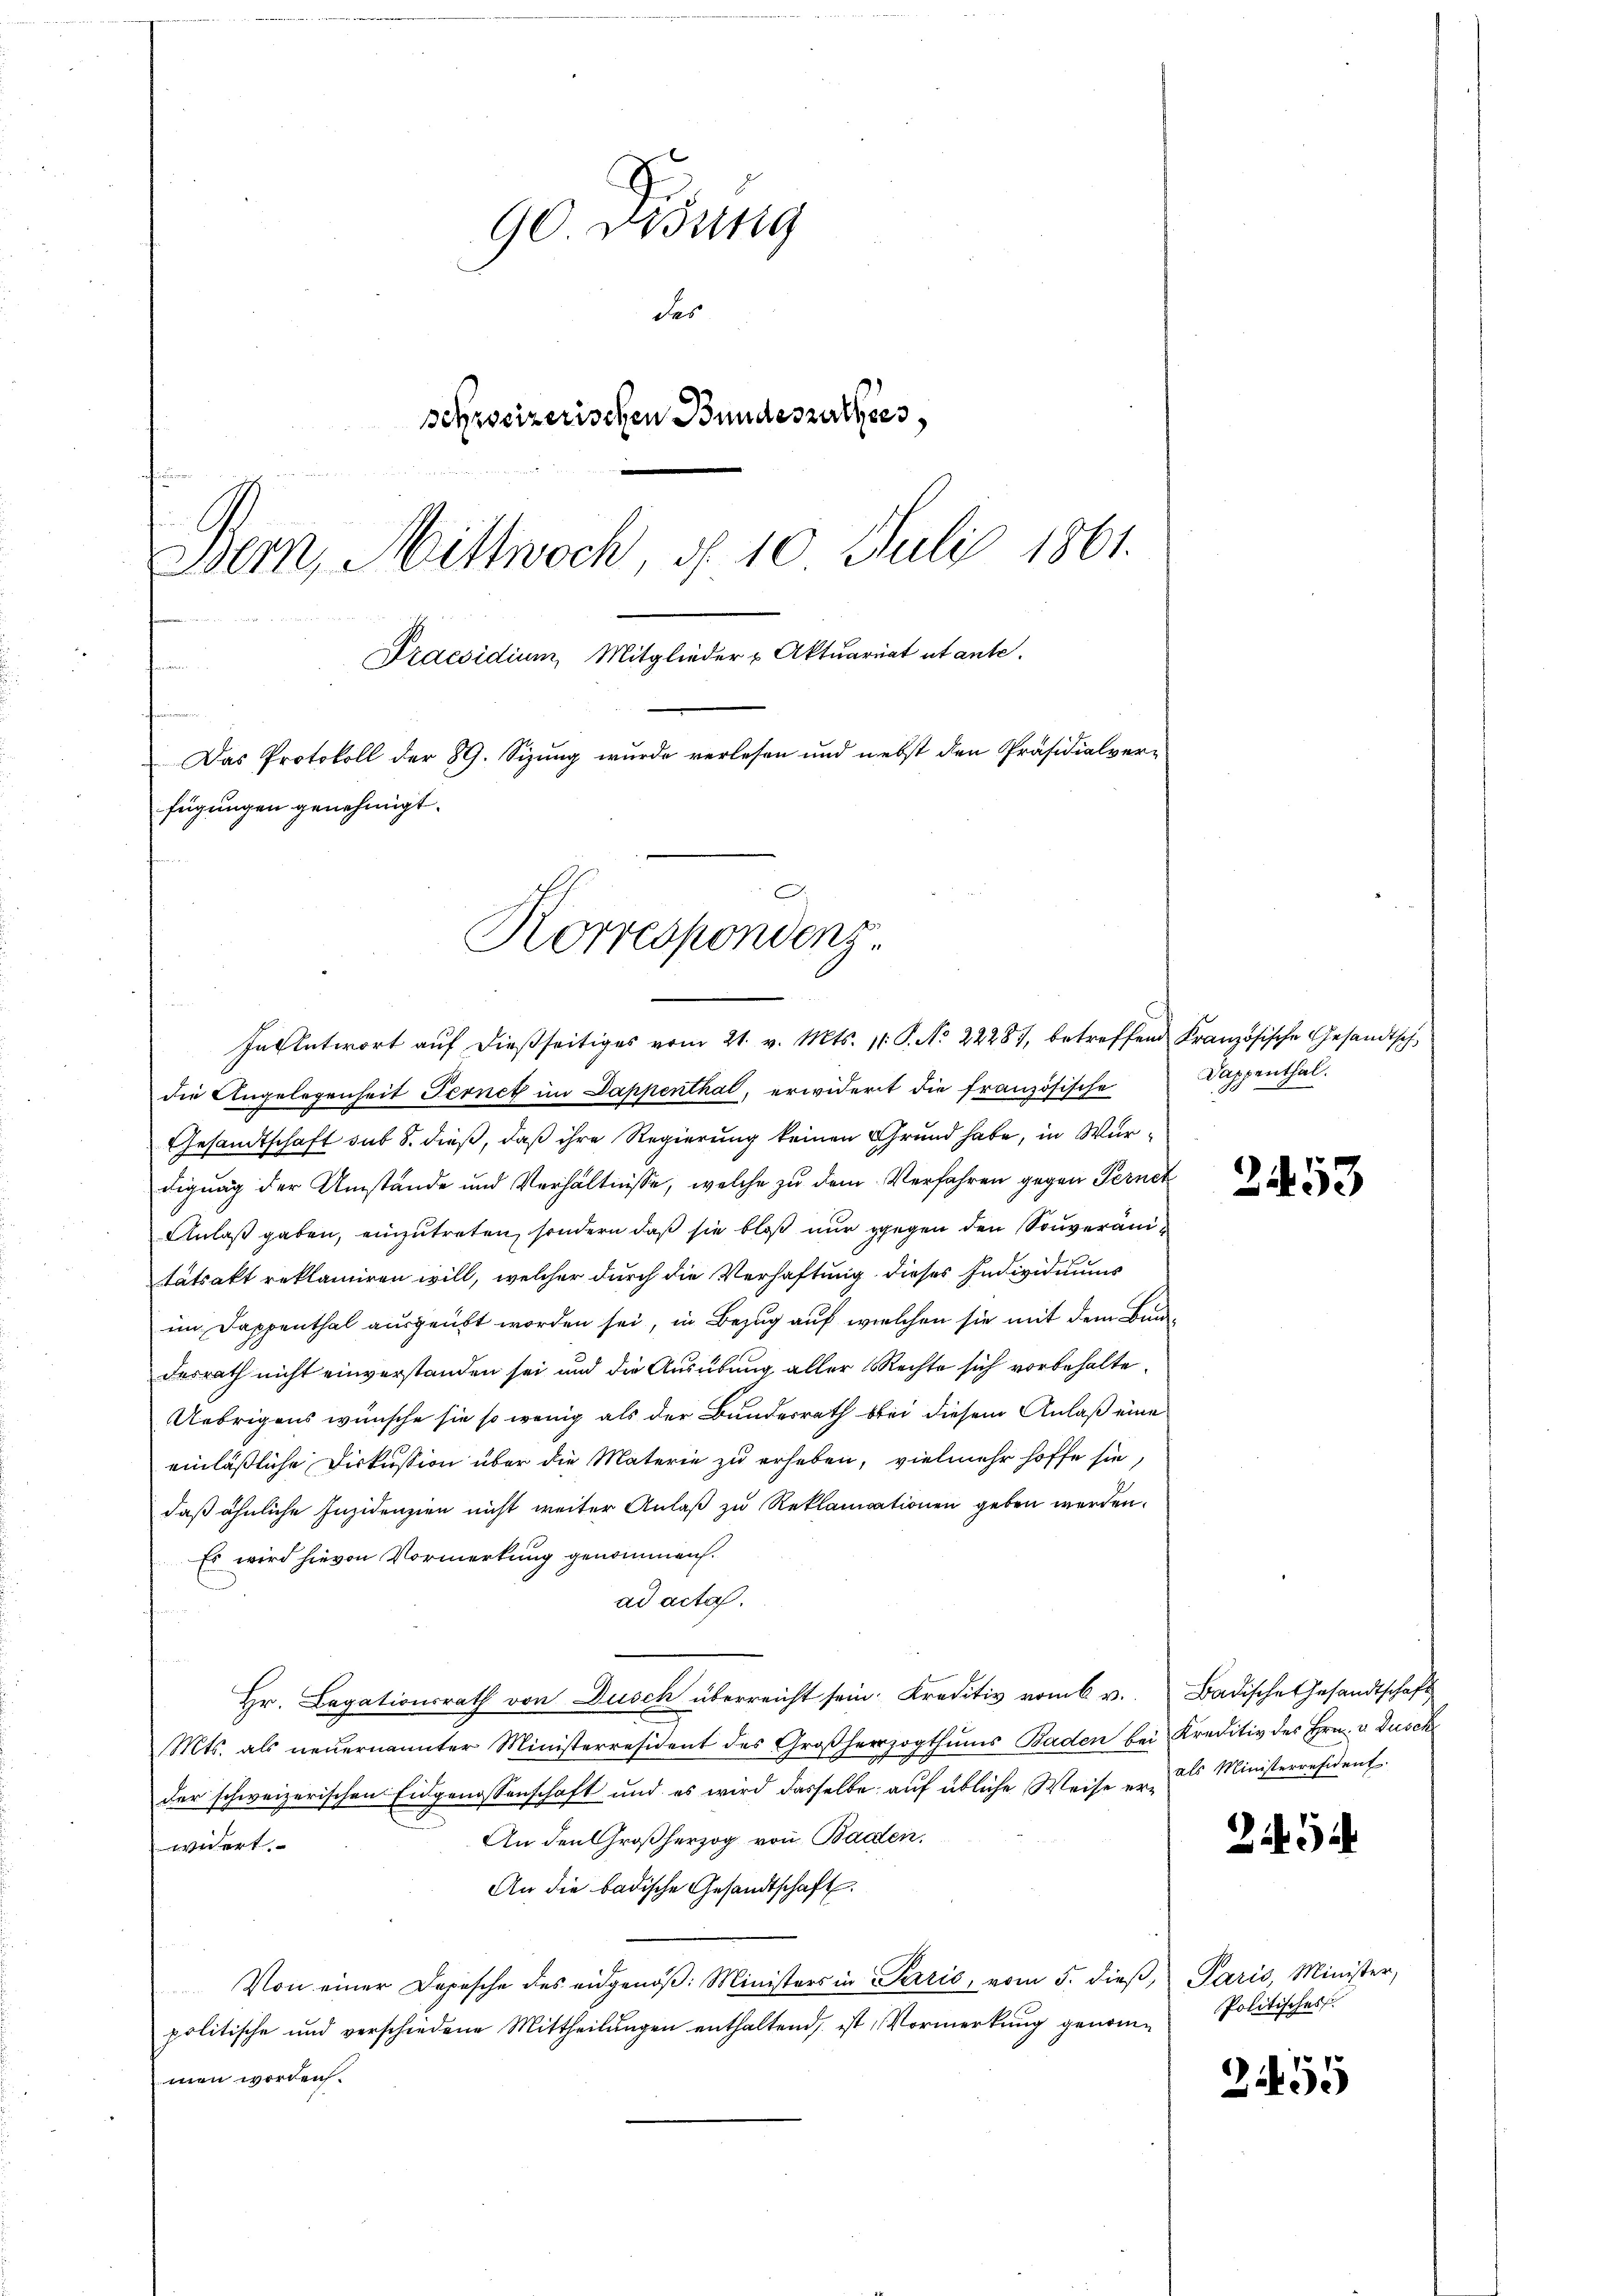
90 Disung
des
schweizerischen Bundeszuchtes,
Bern, Mittwoch, d. 10. Juli 1861.
Praesidium, Mitglieder u Aktuariat utante.
Das Protokoll der 89. Sizung wurde verlesen und nebst den Präsidialverfügungen genehmigt.
C
Korrespondenz.

In Antwort aŭf dießseitiges vom 21. v. Mts. 11. P. No 22287, betreffend Französische Gesandtsch-

die Angelegenheit Fernet im Dappenthal, erwidert die französische
Gesandtschaft sub 8. dieß, daß ihre Regierung keinen Grund habe, in Wurdigung der Umstände und Verhältnisse, welche zu dem Verfahren gegen Ferneh
Anlaß gaben, einzutreten, sondern daß sie bloß nur gegen den Souverantätsakt reklamiren will, welcher durch die Verhaftung dieses Individuums
im Dappenthal ausgeübt worden sei, in Bezug auf welchen sie mit dem Bundesrath nicht einverstanden sei und die Ausübung aller Rechte sich vorbehalte¬
Uebrigens wünsche sie so wenig als der Bundesrath bei diesem Anlaß eine
einläßliche Diskussion über die Materie zu erheben, vielmehr hoffe sie,
daß ähnliche Insidenzien nicht weiter Anlaß zu Reklamationen geben werden.
Es wird hievon Vormerkung genommen.
ad acta.
Hr. Legationsrath von Dusch überreicht sein. Kreditiv vom 6. v. Badische Gesandtschaft
Mts. als neŭernannter Ministerresident des Großherzogthums Baden bei Kreditiv des Hrn. v. Dusch
der schweizerischen Eidgenossenschaft und es wird dasselbe auf übliche Weise er als Ministerresident
An den Großherzog von Baalen.
widert.
An die badische Gesandtschaft.
Von einer Depesche des eidgenöβ: Ministers in Parić, vom 5. dieβ, Paris, Minister,
politische und verschiedene Mittheilŭngen enthaltend, ist Vormerkŭng genome Politisches
men worden.

Dappenthal.

2453

294

259